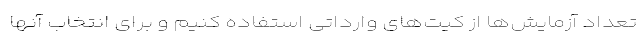
تعداد آزمایش‌ها از کیت‌های وارداتی استفاده کنیم و برای انتخاب آنها